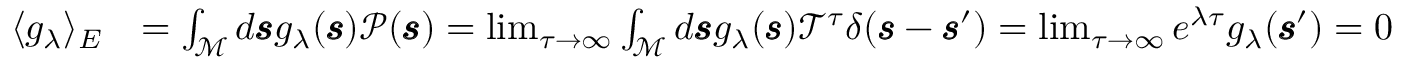
\begin{array} { r l } { \langle g _ { \lambda } \rangle _ { E } } & { = \int _ { \mathcal { M } } d \pmb { \mathscr { s } } g _ { \lambda } ( \pmb { \mathscr { s } } ) \mathscr { P } ( \pmb { \mathscr { s } } ) = \operatorname* { l i m } _ { \tau \rightarrow \infty } \int _ { \mathcal { M } } d \pmb { \mathscr { s } } g _ { \lambda } ( \pmb { \mathscr { s } } ) \mathscr { T } ^ { \tau } \delta ( \pmb { \mathscr { s } } - \pmb { \mathscr { s } } ^ { \prime } ) = \operatorname* { l i m } _ { \tau \rightarrow \infty } e ^ { \lambda \tau } g _ { \lambda } ( \pmb { \mathscr { s } } ^ { \prime } ) = 0 } \end{array}